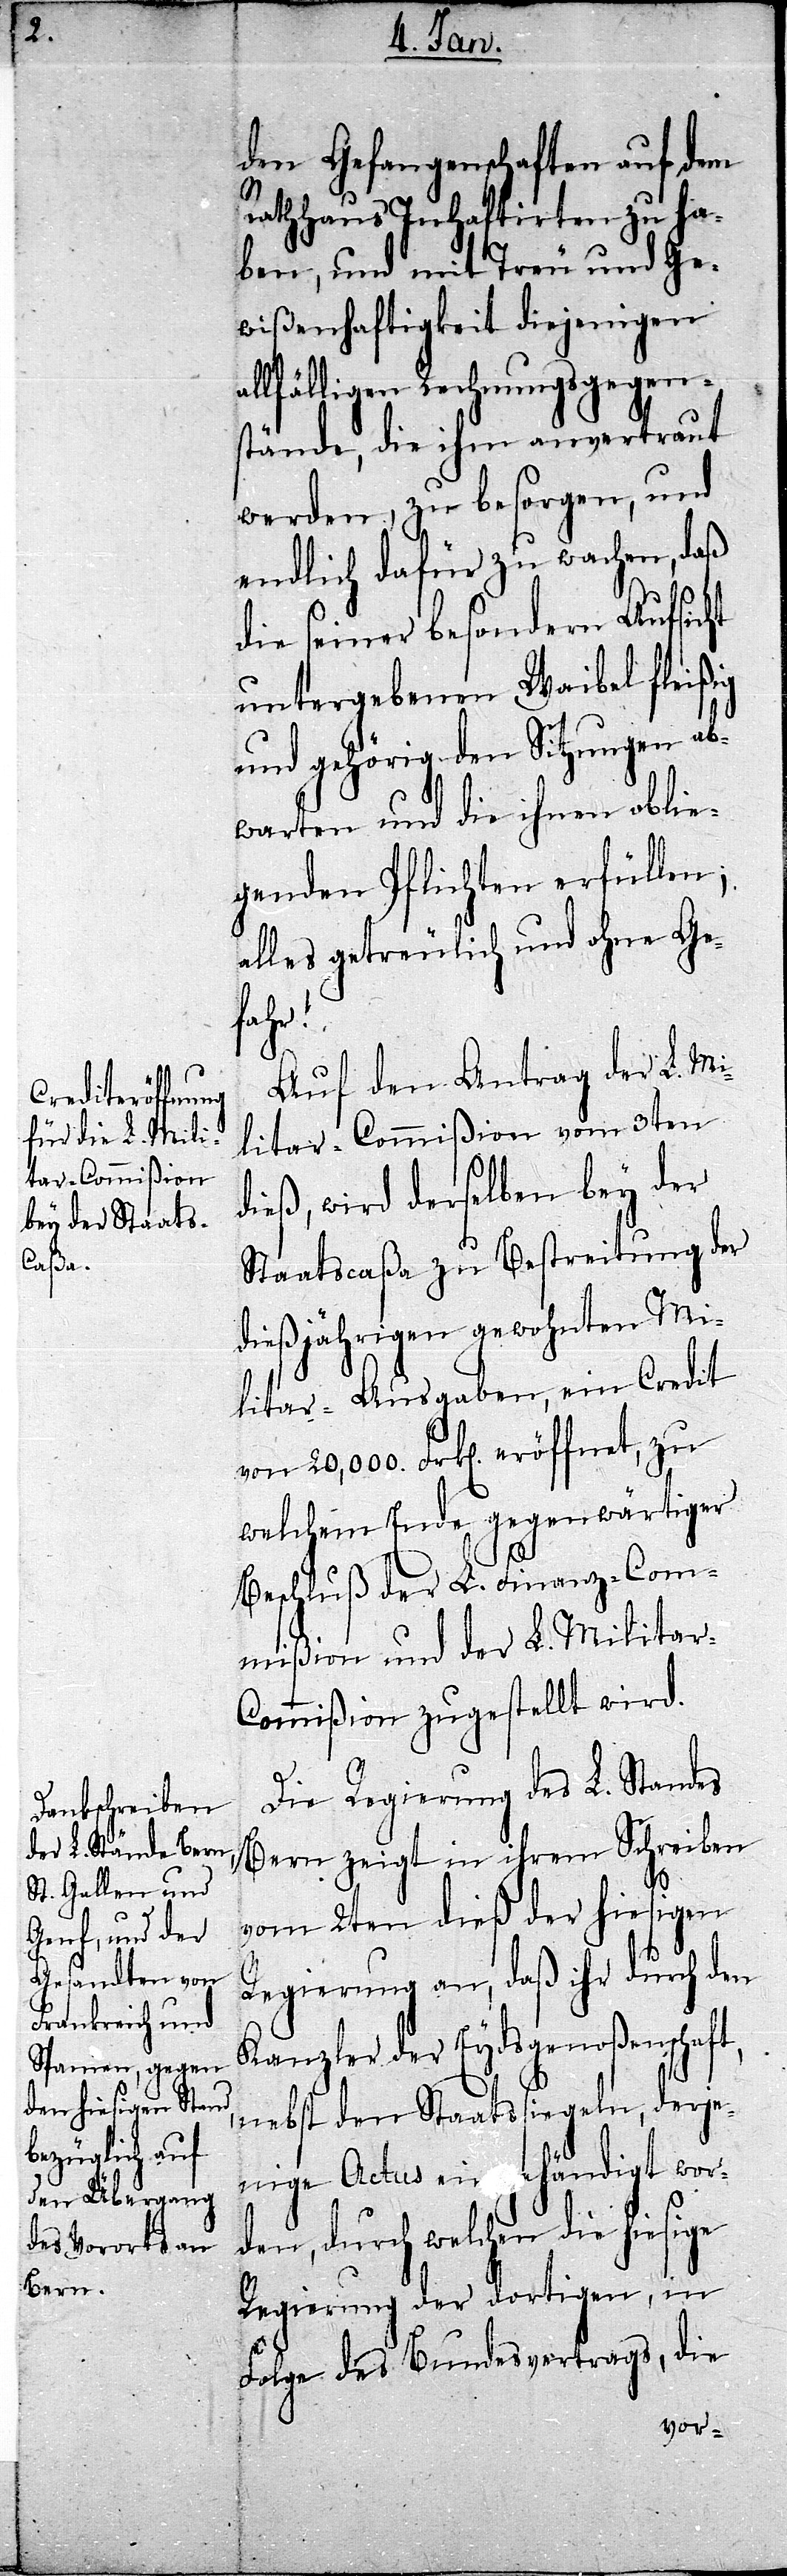
den Gefangenschaften auf dem
Rathhaus Inhaftirten zu ha¬
ben, und mit Treu und Ge¬
wißenhaftigkeit diejenigen
allfälligen Rechnungsgegen¬
stände, die ihm anvertraut
werden, zu besorgen, und
endlich dafür zu wachen, daß
die seiner besondern Aufsicht
untergebenen Waibel fleißig
und gehörig den Sitzungen ab¬
warten und die ihnen oblie¬
genden Pflichten erfüllen;
alles getreulich und ohne Ge¬
fahr!
Auf den Antrag der L. Mi¬
litar-Commißion vom 3ten
dieß, wird derselben bey der
Staatscaßa zu Bestreitung der
dießjährigen gewohnten Mi¬
litar-Ausgaben, ein Credit
welchem Ende gegenwärtiger
Beschluß der L. Finanz-Com¬
mißion und der L. Militar-C¬
ommißion zugestellt wird.
Die Regierung des L. Standes
Bern zeigt in ihrem Schreiben
vom 2ten dieß der hiesigen
Regierung an, daß ihr durch den
Kanzler der Eydsgenoßenschaft,
nebst den Staatssiegeln, derje¬
nige Actus eingehändigt wor¬
den, durch welchen die hiesige
Regierung der dortigen, in
Folge des Bundesvertrags, die